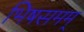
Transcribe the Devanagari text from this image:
भिषसमम्